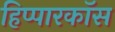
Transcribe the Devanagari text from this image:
हिप्पारकॉस